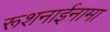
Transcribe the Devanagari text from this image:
रूशनाईनामा